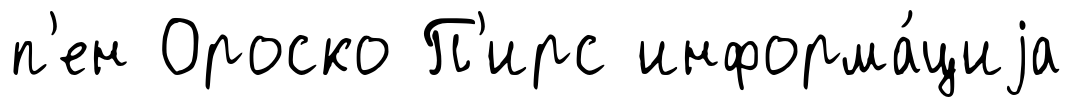
п'ен Ороско П'ирс информа́циjа